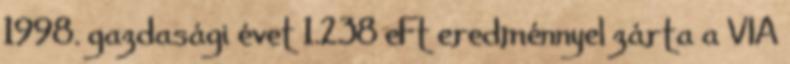
1998. gazdasági évet 1.238 eFt eredménnyel zárta a VIA